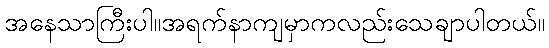
အနေသာကြီးပါ။အရက်နာကျမှာကလည်းသေချာပါတယ်။